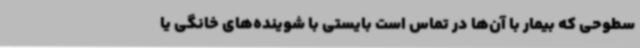
سطوحی که بیمار با آن‌ها در تماس است بایستی با شوینده‌های خانگی یا